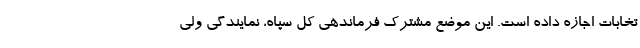
تخابات اجازه داده است. این موضع مشترک فرماندهی کل سپاه، نمایندگی ولی